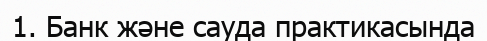
1. Банк және сауда практикасында